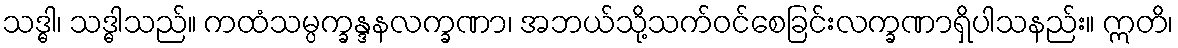
သဒ္ဓါ၊ သဒ္ဓါသည်။ ကထံသမ္ပက္ခန္ဒနလက္ခဏာ၊ အဘယ်သို့သက်ဝင်စေခြင်းလက္ခဏာရှိပါသနည်း။ ဣတိ၊